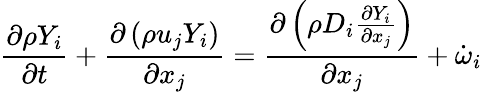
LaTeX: \frac{\partial\rho Y_{i}}{\partial t}+\frac{\partial\left(\rho u_{j}Y_{i}\right)}{\partial x_{j}}=\frac{\partial\left(\rho D_{i}\frac{\partial Y_{i}}{\partial x_{j}}\right)}{\partial x_{j}}+\dot{\omega}_{i}